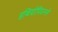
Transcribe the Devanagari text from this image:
इथियोपियनने